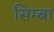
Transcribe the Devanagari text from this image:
सिम्बा